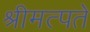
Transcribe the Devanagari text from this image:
श्रीमत्पते